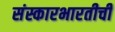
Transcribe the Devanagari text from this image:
संस्कारभारतीची